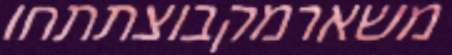
משארמקבוצתתחו